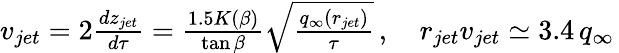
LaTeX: \begin{array}{r}{v_{jet}=2\frac{dz_{jet}}{d\tau}=\frac{1.5K(\beta)}{\tan\beta}\sqrt{\frac{q_{\infty}(r_{jet})}{\tau}}\, ,\quad r_{jet}v_{jet}\simeq 3.4\, q_{\infty}\, }\end{array}